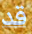
قد